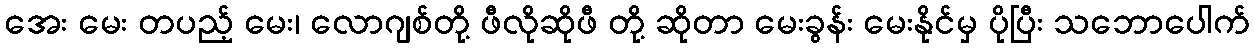
အေး မေး တပည့် မေး၊ လောဂျစ်တို့ ဖီလိုဆိုဖီ တို့ ဆိုတာ မေးခွန်း မေးနိုင်မှ ပိုပြီး သဘောပေါက်